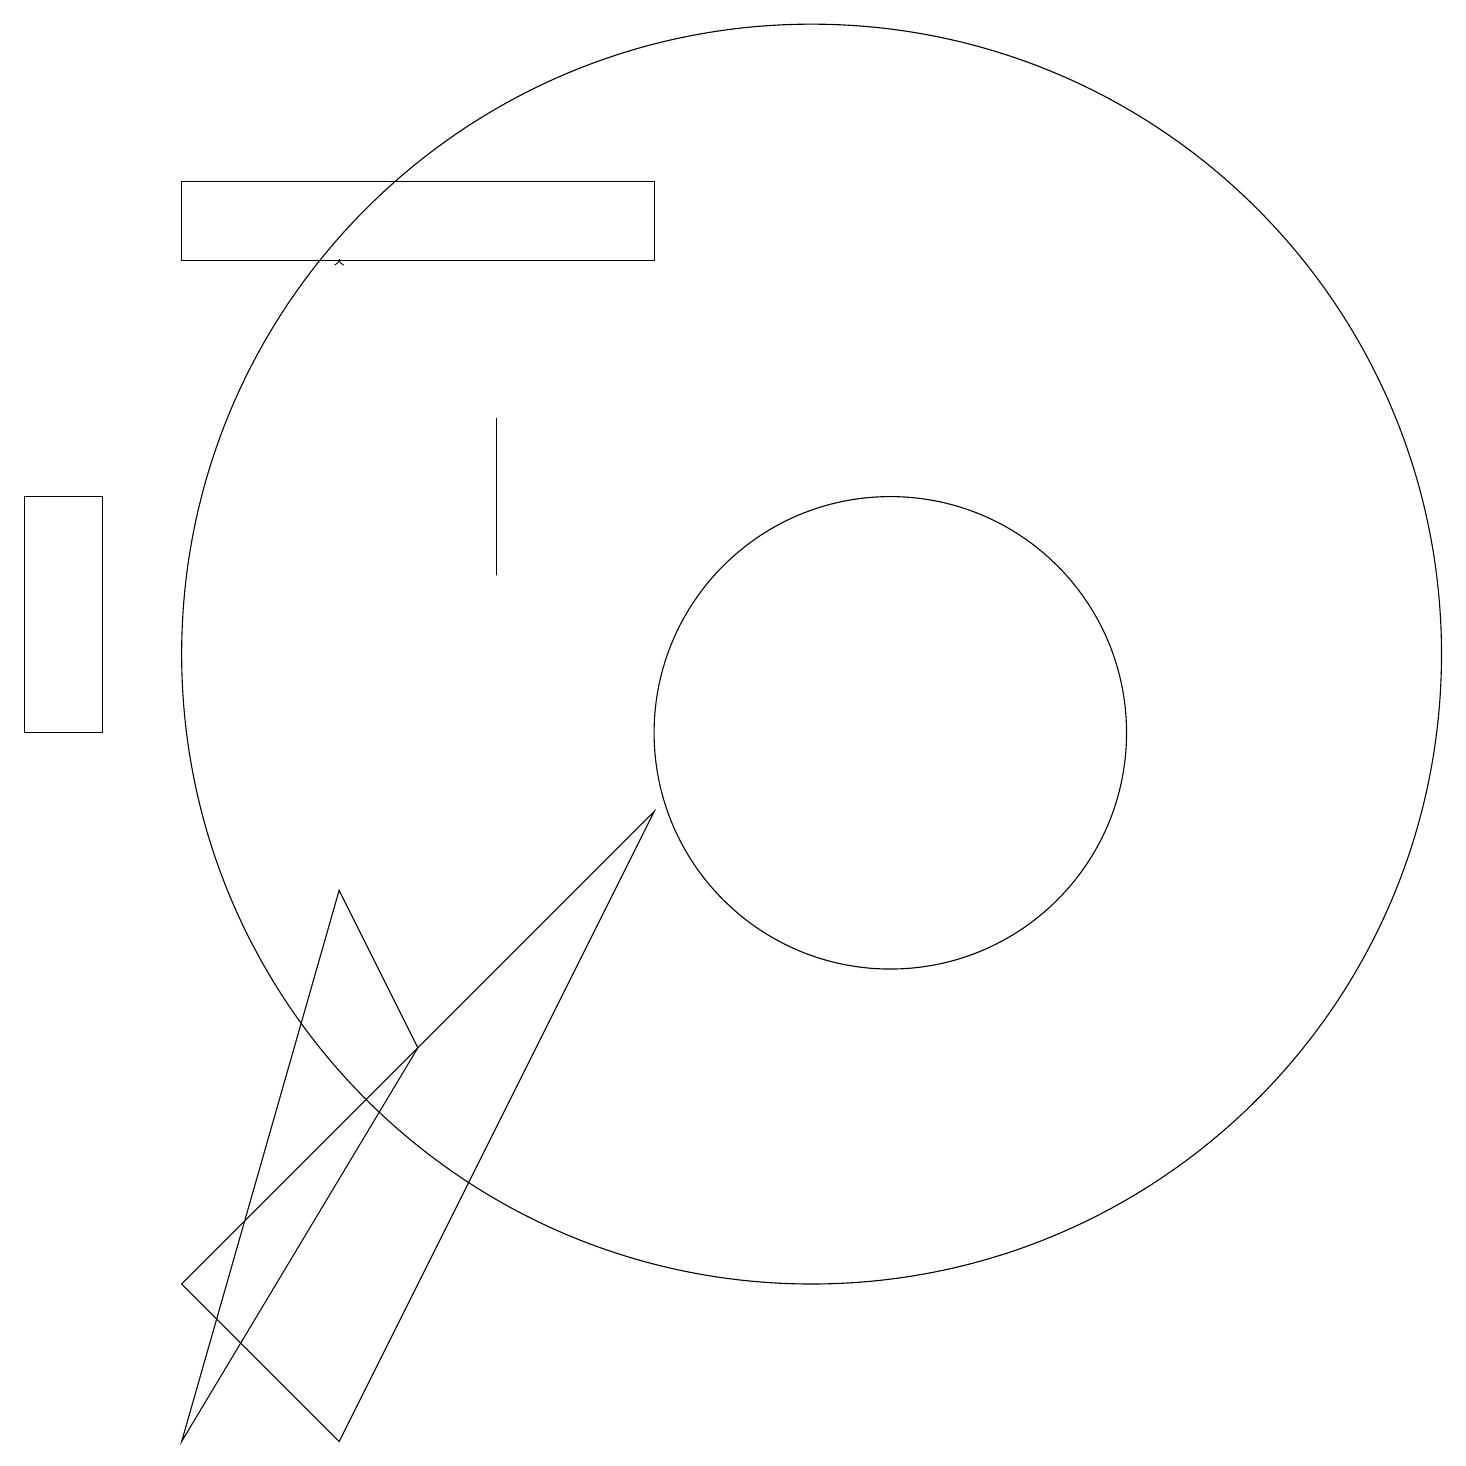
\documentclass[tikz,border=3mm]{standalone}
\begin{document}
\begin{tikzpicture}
\draw (8,17) rectangle (2,16);
\draw (6,14) rectangle (6,12);
\draw (0,10) rectangle (1,13);
\draw (4,8) -- (2,1) -- (5,6) -- cycle;
\draw (8,9) -- (4,1) -- (2,3) -- cycle;
\draw (11,10) circle (3);
\draw[->] (4,16) -- (4,16);
\draw (10,11) circle (8);
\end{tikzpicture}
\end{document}